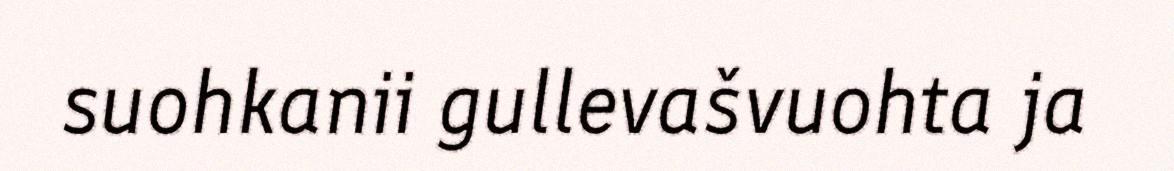
suohkanii gullevašvuohta ja